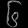
Digit: ၆